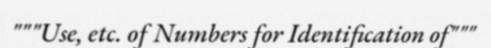
"""Use, etc. of Numbers for Identification of"""